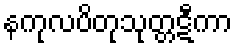
နကုလပိတုသုတ္တဋီကာ